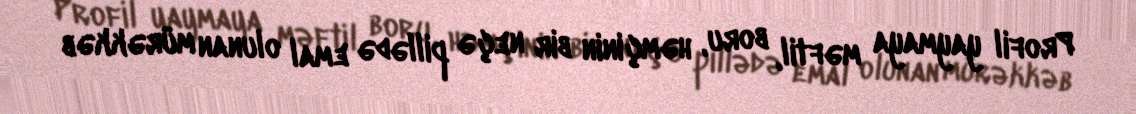
Profil yaymaya məftil, boru, həmçinin bir neçə pillədə emal olunan mürəkkəb